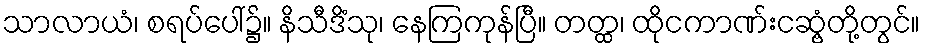
သာလာယံ၊ စရပ်ပေါ်၌။ နိသီဒိံသု၊ နေကြကုန်ပြီ။ တတ္ထ၊ ထိုငကာဏ်းငဆွံ့တို့တွင်။